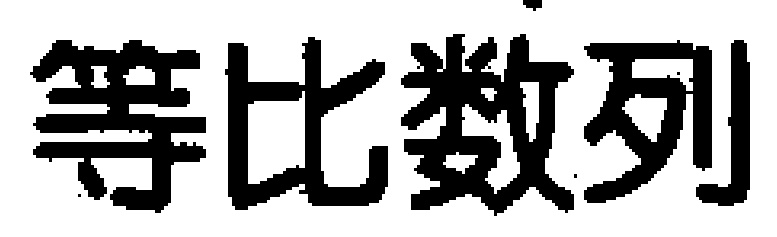
等比数列